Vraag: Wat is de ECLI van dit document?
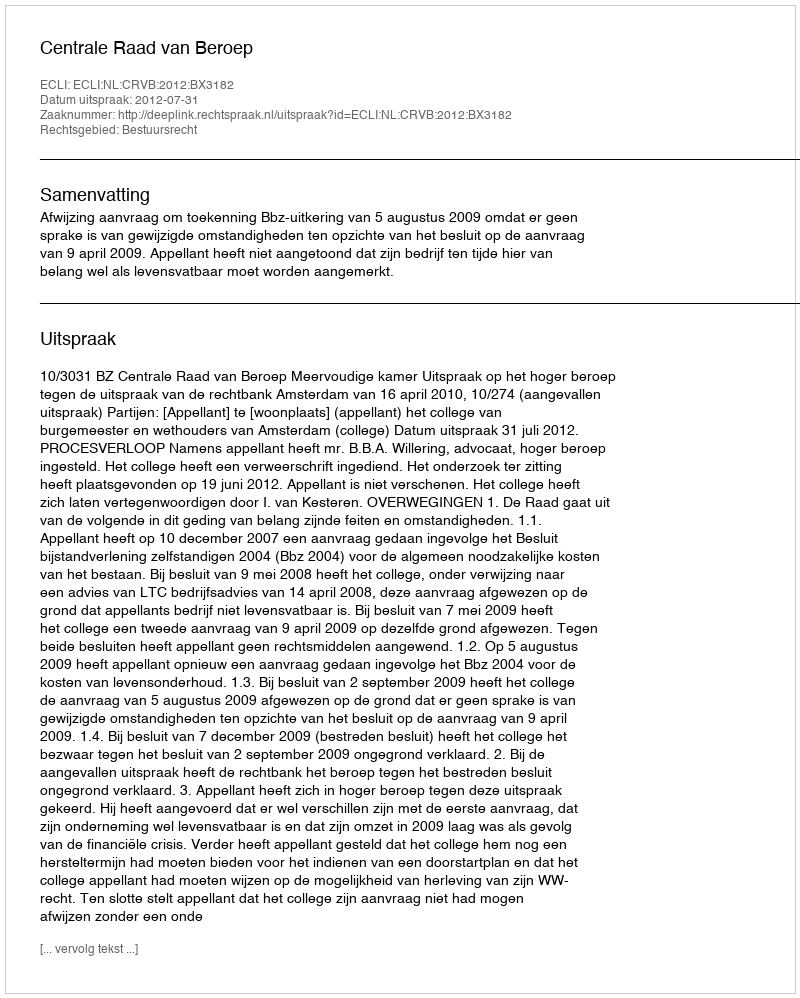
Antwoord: ECLI:NL:CRVB:2012:BX3182